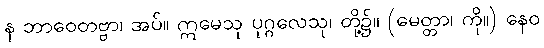
န ဘာဝေတဗ္ဗာ၊ အပ်။ ဣမေသု ပုဂ္ဂလေသု၊ တို့၌။ (မေတ္တာ၊ ကို။) နေဝ